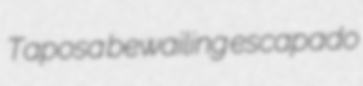
Taposa bewailing escapado